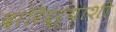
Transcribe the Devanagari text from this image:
दारिद्ऱ्याशी